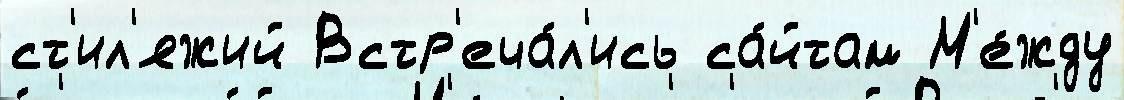
ст'ил'яжий Встр'еча́л'ись са́йтам М'е́жду